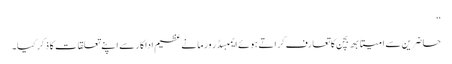
‘‘
حاضرین سے امیتابھ بچن کا تعارف کراتے ہوئے ایمبسڈر ورما نے عظیم اداکار سے اپنے تعلقات کا ذکر کیا۔